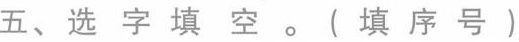
五、选字填空。(填序号)